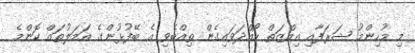
މި މުހިންމު ޝަރަފާއި އިއްޒަތް ހޯއްދަވައިގެން ތިއްބެވި އެ ބޭފުޅުންގެ އަމަލުތައް ކޮންމެ